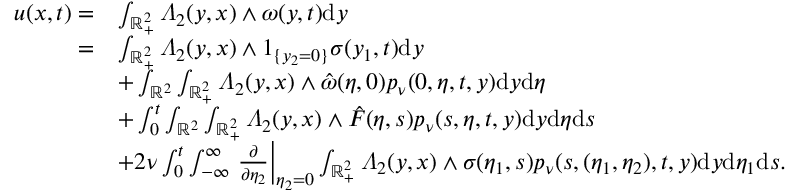
\begin{array} { r l } { u ( x , t ) = } & { \int _ { \mathbb { R } _ { + } ^ { 2 } } \varLambda _ { 2 } ( y , x ) \wedge \omega ( y , t ) \mathrm { d } y } \\ { = } & { \int _ { \mathbb { R } _ { + } ^ { 2 } } \varLambda _ { 2 } ( y , x ) \wedge 1 _ { \{ y _ { 2 } = 0 \} } \sigma ( y _ { 1 } , t ) \mathrm { d } y } \\ & { + \int _ { \mathbb { R } ^ { 2 } } \int _ { \mathbb { R } _ { + } ^ { 2 } } \varLambda _ { 2 } ( y , x ) \wedge \hat { \omega } ( \eta , 0 ) p _ { \nu } ( 0 , \eta , t , y ) \mathrm { d } y \mathrm { d } \eta } \\ & { + \int _ { 0 } ^ { t } \int _ { \mathbb { R } ^ { 2 } } \int _ { \mathbb { R } _ { + } ^ { 2 } } \varLambda _ { 2 } ( y , x ) \wedge \hat { F } ( \eta , s ) p _ { \nu } ( s , \eta , t , y ) \mathrm { d } y \mathrm { d } \eta \mathrm { d } s } \\ & { + 2 \nu \int _ { 0 } ^ { t } \int _ { - \infty } ^ { \infty } \left. \frac { \partial } { \partial \eta _ { 2 } } \right| _ { \eta _ { 2 } = 0 } \int _ { \mathbb { R } _ { + } ^ { 2 } } \varLambda _ { 2 } ( y , x ) \wedge \sigma ( \eta _ { 1 } , s ) p _ { \nu } ( s , ( \eta _ { 1 } , \eta _ { 2 } ) , t , y ) \mathrm { d } y \mathrm { d } \eta _ { 1 } \mathrm { d } s . } \end{array}